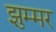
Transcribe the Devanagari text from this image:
झुम्मर